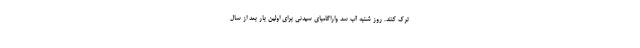
ترک کنند. روز شنبه آب سد واراگامبای سیدنی برای اولین بار بعد از سال